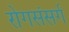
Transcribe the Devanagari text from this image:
रोगसंसर्ग